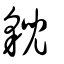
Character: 貎